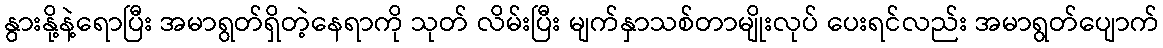
နွားနို့နဲ့ရောပြီး အမာရွတ်ရှိတဲ့နေရာကို သုတ် လိမ်းပြီး မျက်နှာသစ်တာမျိုးလုပ် ပေးရင်လည်း အမာရွတ်ပျောက်